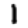
Digit: 1